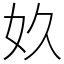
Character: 奺